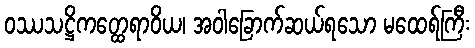
ဝဿသဋ္ဌိကတ္ထေရာဝိယ၊ အဝါခြောက်ဆယ်ရသော မထေရ်ကြီး